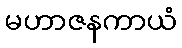
မဟာဇနကာယံ